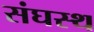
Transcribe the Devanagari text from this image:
संघस्थ